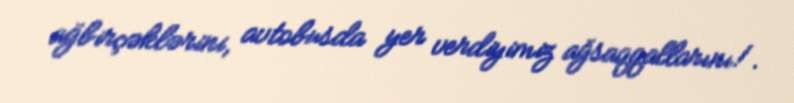
ağbirçəklərini, avtobusda yer verdiyimiz ağsaqqallarını!.